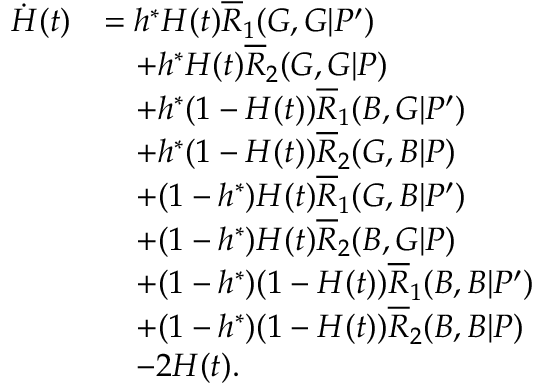
\begin{array} { r l } { \dot { H } ( t ) } & { = h ^ { \ast } H ( t ) \overline { { R } } _ { 1 } ( G , G | P ^ { \prime } ) } \\ & { \quad + h ^ { \ast } H ( t ) \overline { { R } } _ { 2 } ( G , G | P ) } \\ & { \quad + h ^ { \ast } ( 1 - H ( t ) ) \overline { { R } } _ { 1 } ( B , G | P ^ { \prime } ) } \\ & { \quad + h ^ { \ast } ( 1 - H ( t ) ) \overline { { R } } _ { 2 } ( G , B | P ) } \\ & { \quad + ( 1 - h ^ { \ast } ) H ( t ) \overline { { R } } _ { 1 } ( G , B | P ^ { \prime } ) } \\ & { \quad + ( 1 - h ^ { \ast } ) H ( t ) \overline { { R } } _ { 2 } ( B , G | P ) } \\ & { \quad + ( 1 - h ^ { \ast } ) ( 1 - H ( t ) ) \overline { { R } } _ { 1 } ( B , B | P ^ { \prime } ) } \\ & { \quad + ( 1 - h ^ { \ast } ) ( 1 - H ( t ) ) \overline { { R } } _ { 2 } ( B , B | P ) } \\ & { \quad - 2 H ( t ) . } \end{array}